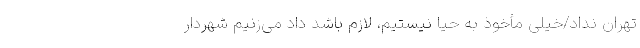
تهران نداد/خیلی مأخوذ به حیا نیستیم، لازم باشد داد می‌زنیم شهردار